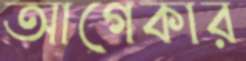
আগেকার